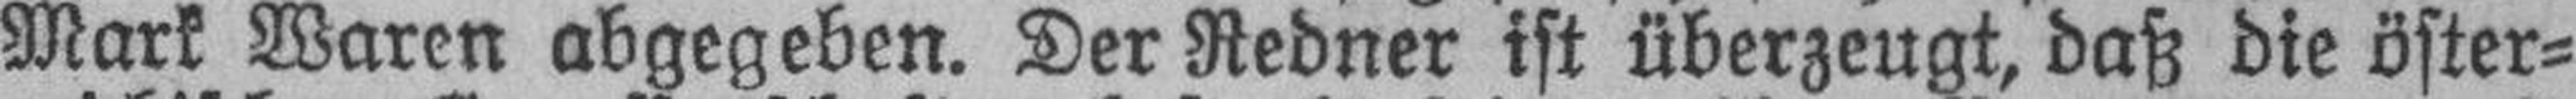
Mark Waren abgegeben. Der Redner ist überzeugt, daß die öster¬